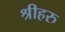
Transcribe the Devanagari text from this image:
श्रीहरु